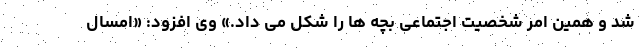
شد و همین امر شخصیت اجتماعی بچه ها را شکل می داد.» وی افزود: «امسال